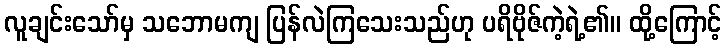
လူချင်းသော်မှ သဘောမကျ ပြန်လဲကြသေးသည်ဟု ပရိဗိုဇ်ကဲ့ရဲ့၏။ ထို့ကြောင့်